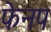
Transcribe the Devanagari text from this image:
फेनप